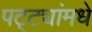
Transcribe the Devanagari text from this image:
पट्ट्यांमधे